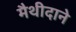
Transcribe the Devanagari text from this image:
मैथीदाने